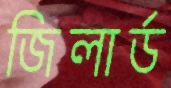
জিলার্ড